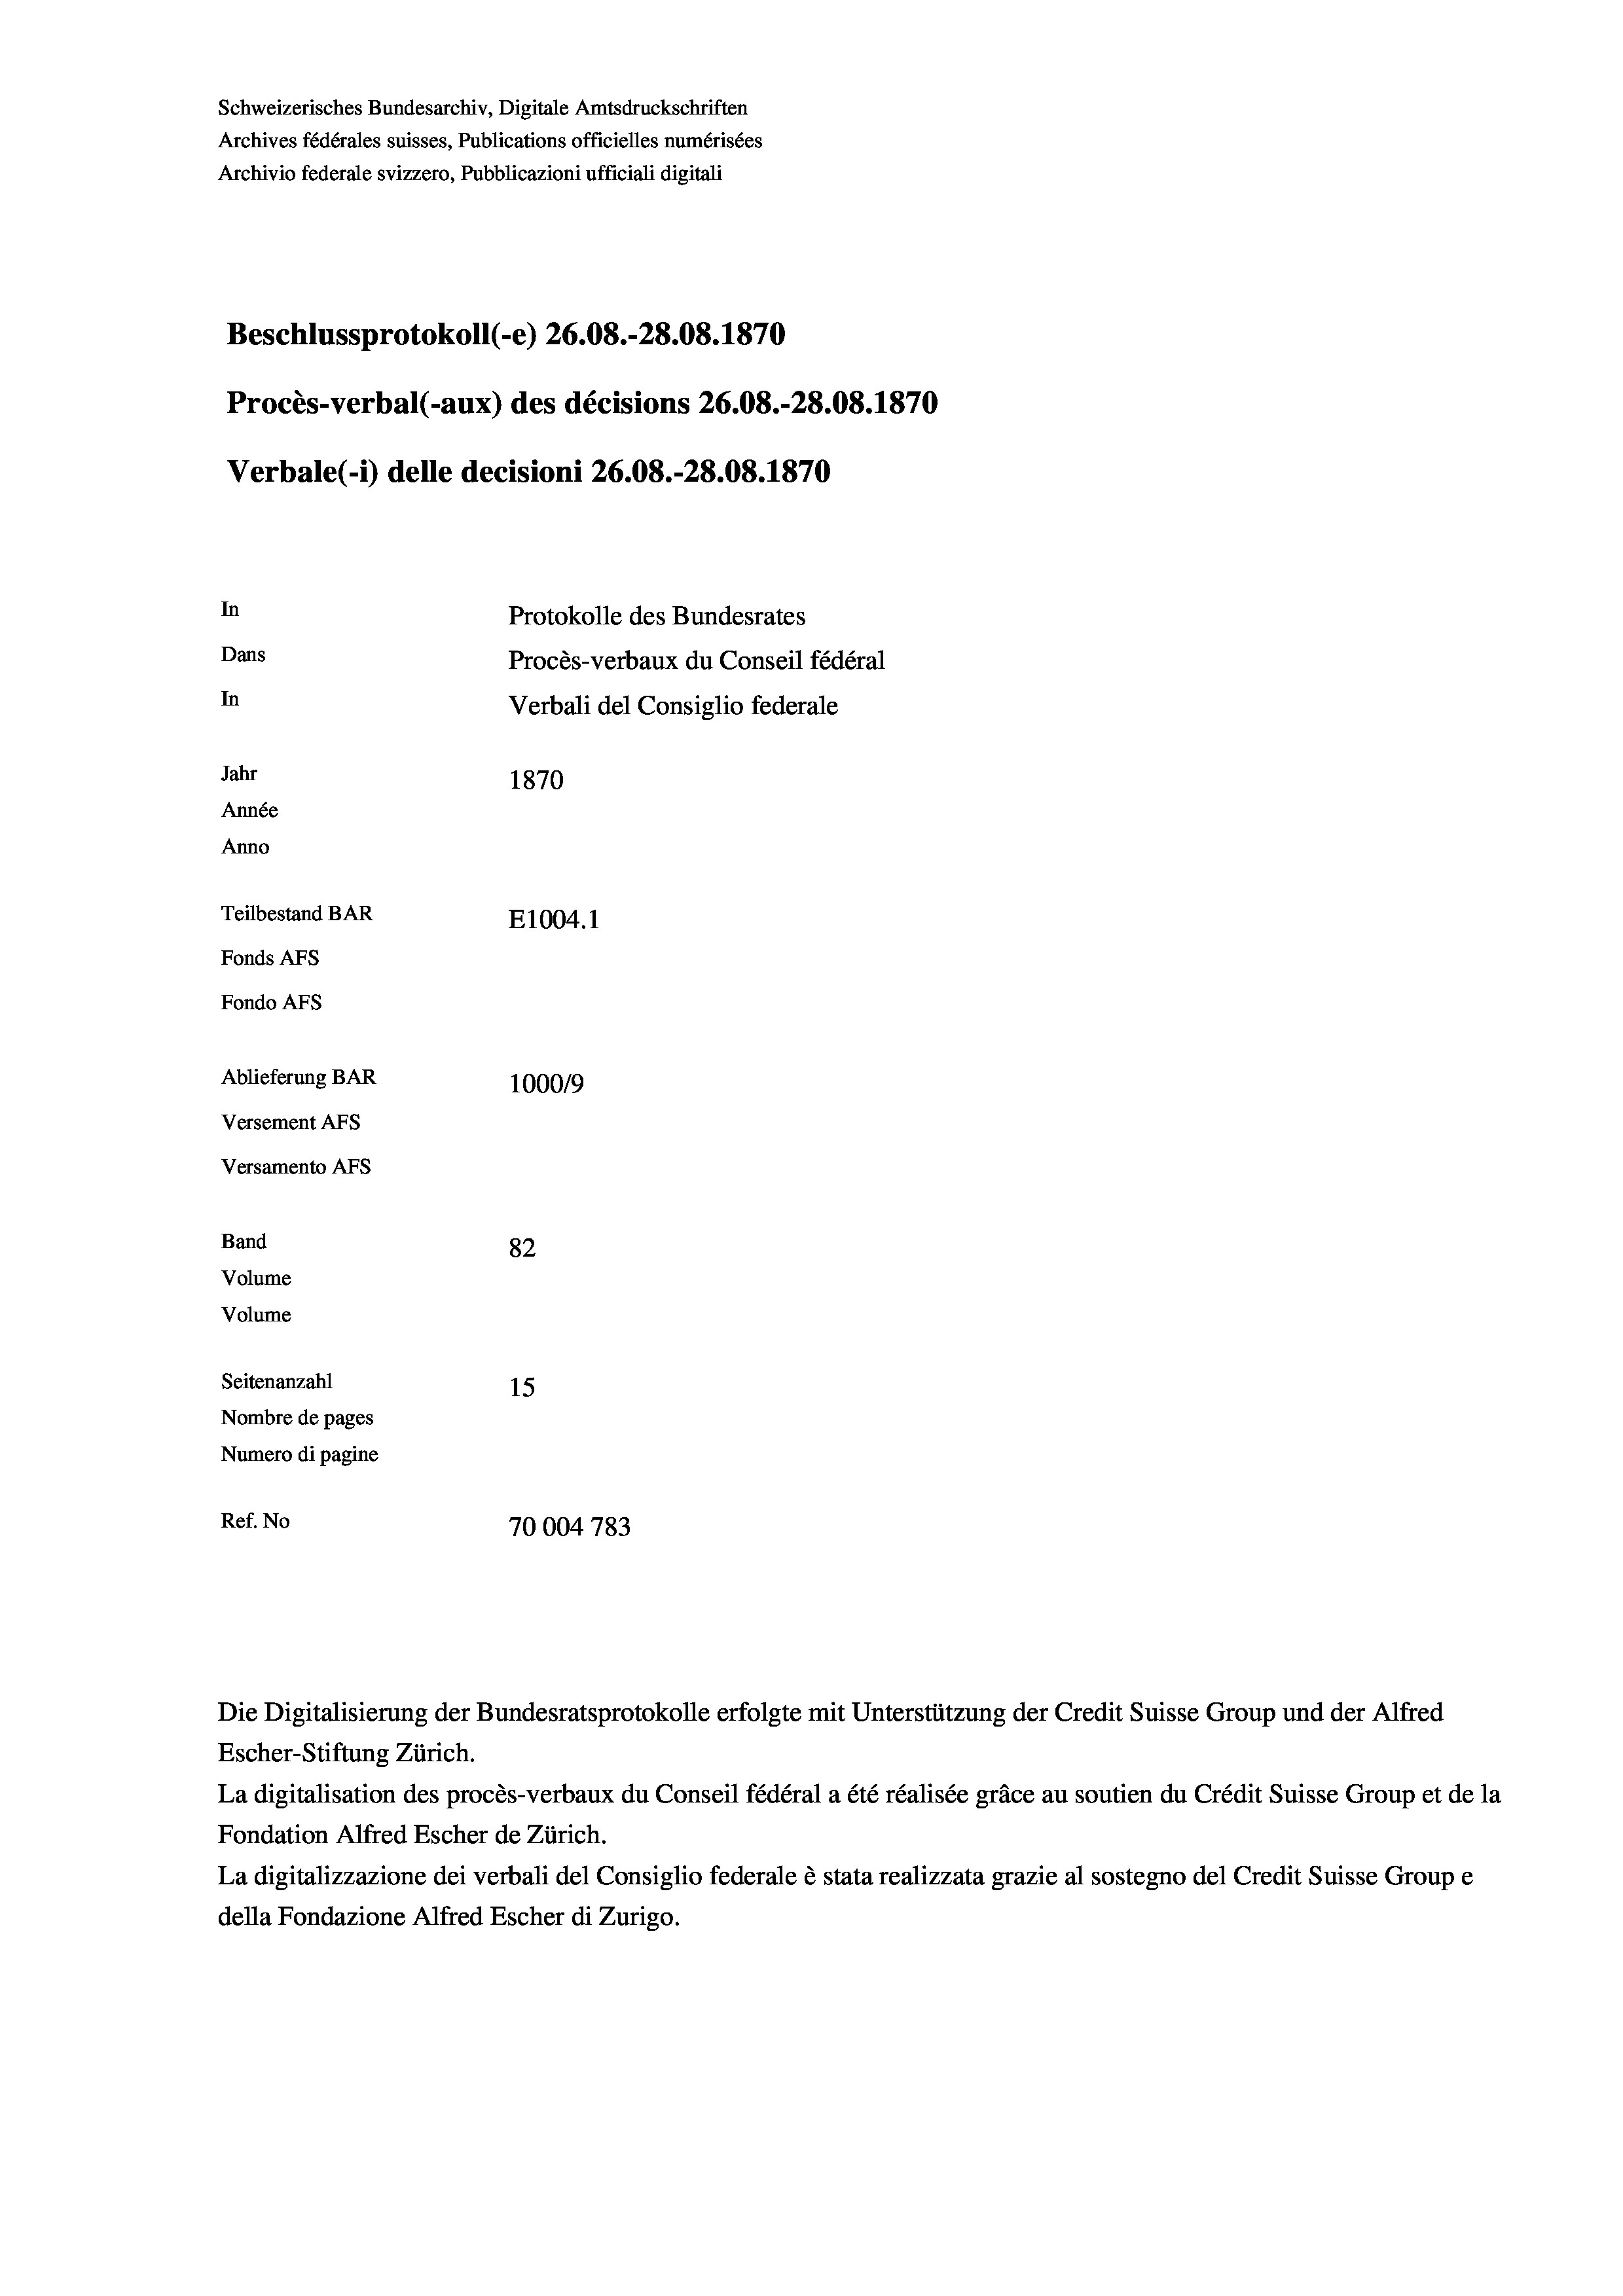
Schweizerisches Bundesarchiv, Digitale Amtsdruckschriften
Archives fédérales suisses, Publications officielles numérisées
Archivio federale svizzero, Pubblicazioni ufficiali digitali
Beschlussprotokoll (-e) 26.08.-28.08. 1870
Procès-verbal (-aux) des décisions 26.08.-28.08. 1870
Verbale (i) delle decisioni 26.08.-28.08. 1870
In
Protokolle des Bundesrates
Dans
Procès-verbaux du Conseil fédéral
In
Verbali del Consiglio federale
Jahr
1870
Année
Anno
Teilbestand BAR
E1004. 1
Fonds AFs
Fondo AFs
Ablieferung BAR
100019
Versement AFs
Versamento Afs

82
Seitenanzahl
15
Nombre de pages
Numero di pagine
Ref. No
70004 783

Band

Volume
Volume

Die Digitalisierung der Bundesratsprotokolle erfolgte mit Unterstützung der Credit Suisse Group und der Alfred
Escher-Stiftung Zürich.
La digitalisation des procès-verbaux du Conseil fédéral a été réalisée gräce au soutien du Crédit Suisse Group et de la
Fondation Alfred Escher de Zürich.
La digitalizzazione dei verbali del Consiglio federale è stata realizzata grazie al sostegno del Credit Suisse Groupe
della Fondazione Alfred Escher di Zurigo.